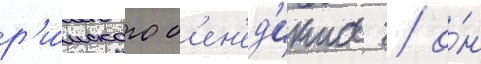
р'и́мского б'ен'ед'икта / о́н